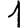
Digit: 1